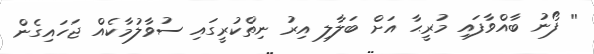
'' ފޯނު ބާއްވާފައި މުރީޙާ އަށް ބަލާލި އިރު ނިތްކުރީގައި ސުވާލުމާކެއް ޖަހައިގެން